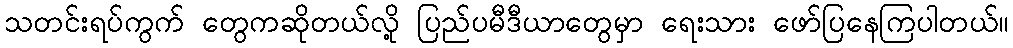
သတင်းရပ်ကွက် တွေကဆိုတယ်လို့ ပြည်ပမီဒီယာတွေမှာ ရေးသား ဖော်ပြနေကြပါတယ်။